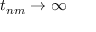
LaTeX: t _ { n m } \to \infty